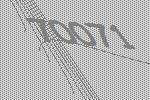
70071